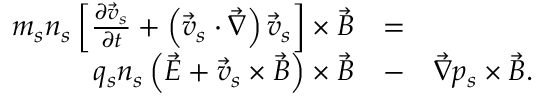
\begin{array} { r l r } { m _ { s } n _ { s } \left[ \frac { \partial \vec { v } _ { s } } { \partial t } + \left( \vec { v } _ { s } \cdot \vec { \nabla } \right) \vec { v } _ { s } \right] \times \vec { B } } & { = } & \\ { q _ { s } n _ { s } \left( \vec { E } + \vec { v } _ { s } \times \vec { B } \right) \times \vec { B } } & { - } & { \vec { \nabla } p _ { s } \times \vec { B } . } \end{array}